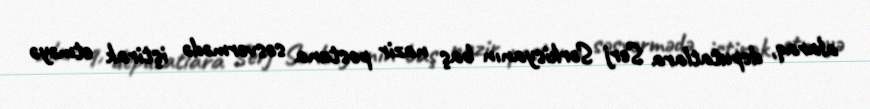
alaraq, deputatlara Serj Sərkisyanın baş nazir postuna səsvermədə iştirak etməyə